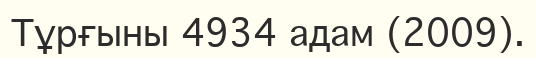
Тұрғыны 4934 адам (2009).